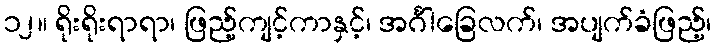
၁၂။ ရိုးရိုးရာရာ၊ ဖြည့်ကျင့်ကာနှင့်၊ အင်္ဂါခြေလက်၊ အပျက်ခံဖြည့်၊